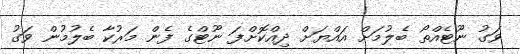
ވަގު ނޫޓެއްތޯ ބެލުމަށް އައްޔަށް ދިއްކޮށްފަ ނޫޓްގެ ފެން މަރުކާ ބެލުމުން ވަގު